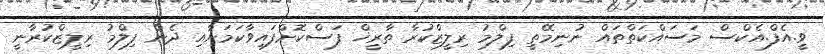
ވީ.އެފް.އެކްސް މަސައްކަތްތައް ނުނިމޭތީ ފިލްމު ރިލީޒްކުރާ ތާރީޚް ފަސްކޮށްފައިވާކަމަށާއި ދެން ފިލްމު ރިލީޒްކުރާނީ